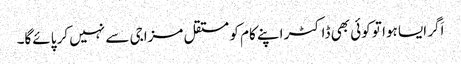
اَگر ایسا ہوا تو کوئی بھی ڈاکٹر اپنے کام کو مستقل مزاجی سے نہیں کر پائے‌گا۔